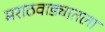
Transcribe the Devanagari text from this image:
मराठवाड्यातला